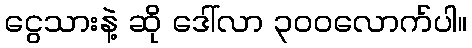
ငွေသားနဲ့ ဆို ဒေါ်လာ ၃၀၀လောက်ပါ။